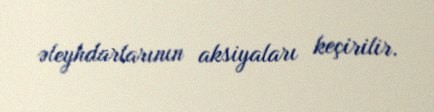
əleyhdarlarının aksiyaları keçirilir.